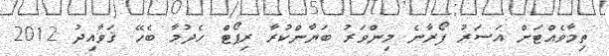
ތިމާވެއްޓަށް އަސަރު ފޯރާނެ މިންވަރު ބަޔާންކުރާ ރިޕޯޓް ހެދުމާ ބެހޭ ޤަވާއިދު 2012